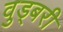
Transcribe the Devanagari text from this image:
वुड्बरी